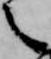
之